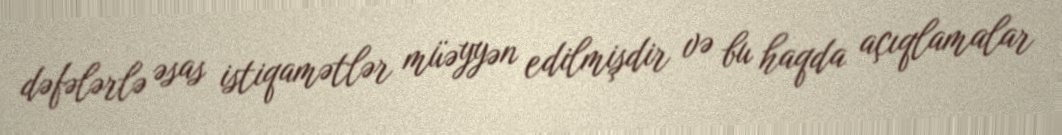
dəfələrlə əsas istiqamətlər müəyyən edilmişdir və bu haqda açıqlamalar